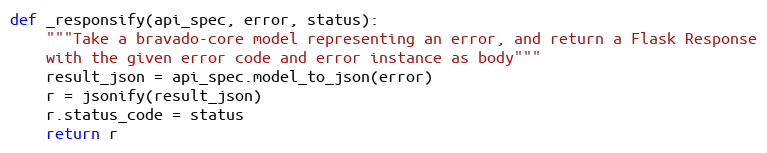
Language: Python
def _responsify(api_spec, error, status):
    """Take a bravado-core model representing an error, and return a Flask Response
    with the given error code and error instance as body"""
    result_json = api_spec.model_to_json(error)
    r = jsonify(result_json)
    r.status_code = status
    return r